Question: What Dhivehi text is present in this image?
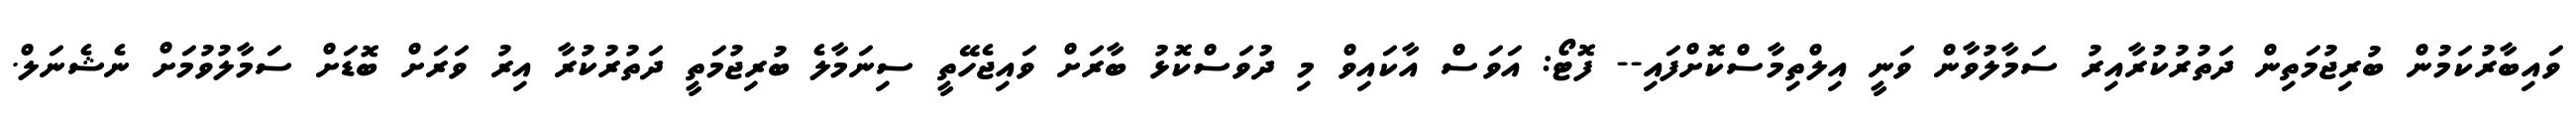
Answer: ވައިބާރުކަމުން ބުރިޖުމަތިން ދަތުރުކުރާއިރު ސަމާލުވާން ވަނީ އިލްތިމާސްކޮށްފައި-- ފޮޓޯ: އަވަސް އާކައިވް މި ދުވަސްކޮޅު ބާރަށް ވައިޖެހޭތީ ސިނަމާލެ ބުރިޖުމަތީ ދަތުރުކުރާ އިރު ވަރަށް ބޮޑަށް ސަމާލުވުމަށް ނެޝެނަލް.